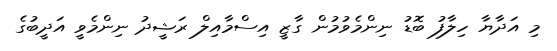
މި އަދާޔާ ހިލާފު ބޮޑު ނިންމެވުމުން ގާޒީ އިސްމާއިލް ރަޝީދު ނިންމެވީ އަދީބުގެ